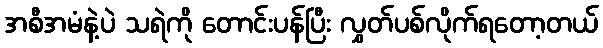
အစီအမံနဲ့ပဲ သရဲကို တောင်းပန်ပြီး လွှတ်ပစ်လိုက်ရတော့တယ်